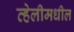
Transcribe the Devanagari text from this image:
व्हेलीमधील